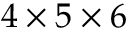
4 \times 5 \times 6